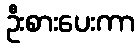
ဦးစားပေးကာ